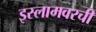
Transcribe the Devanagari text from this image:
इस्लामवरची